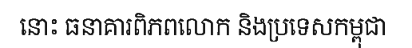
នោះ ធនាគារពិភពលោក និងប្រទេសកម្ពុជា